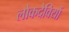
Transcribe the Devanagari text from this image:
लोकदेवियों